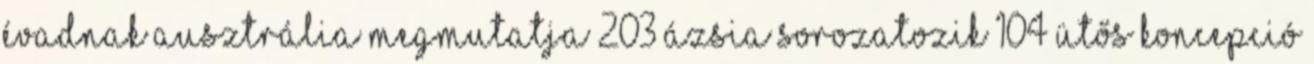
évadnak Ausztrália megmutatja 203 Ázsia sorozatozik 104 ütős koncepció